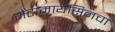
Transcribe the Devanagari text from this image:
जेंटामायसिनचा